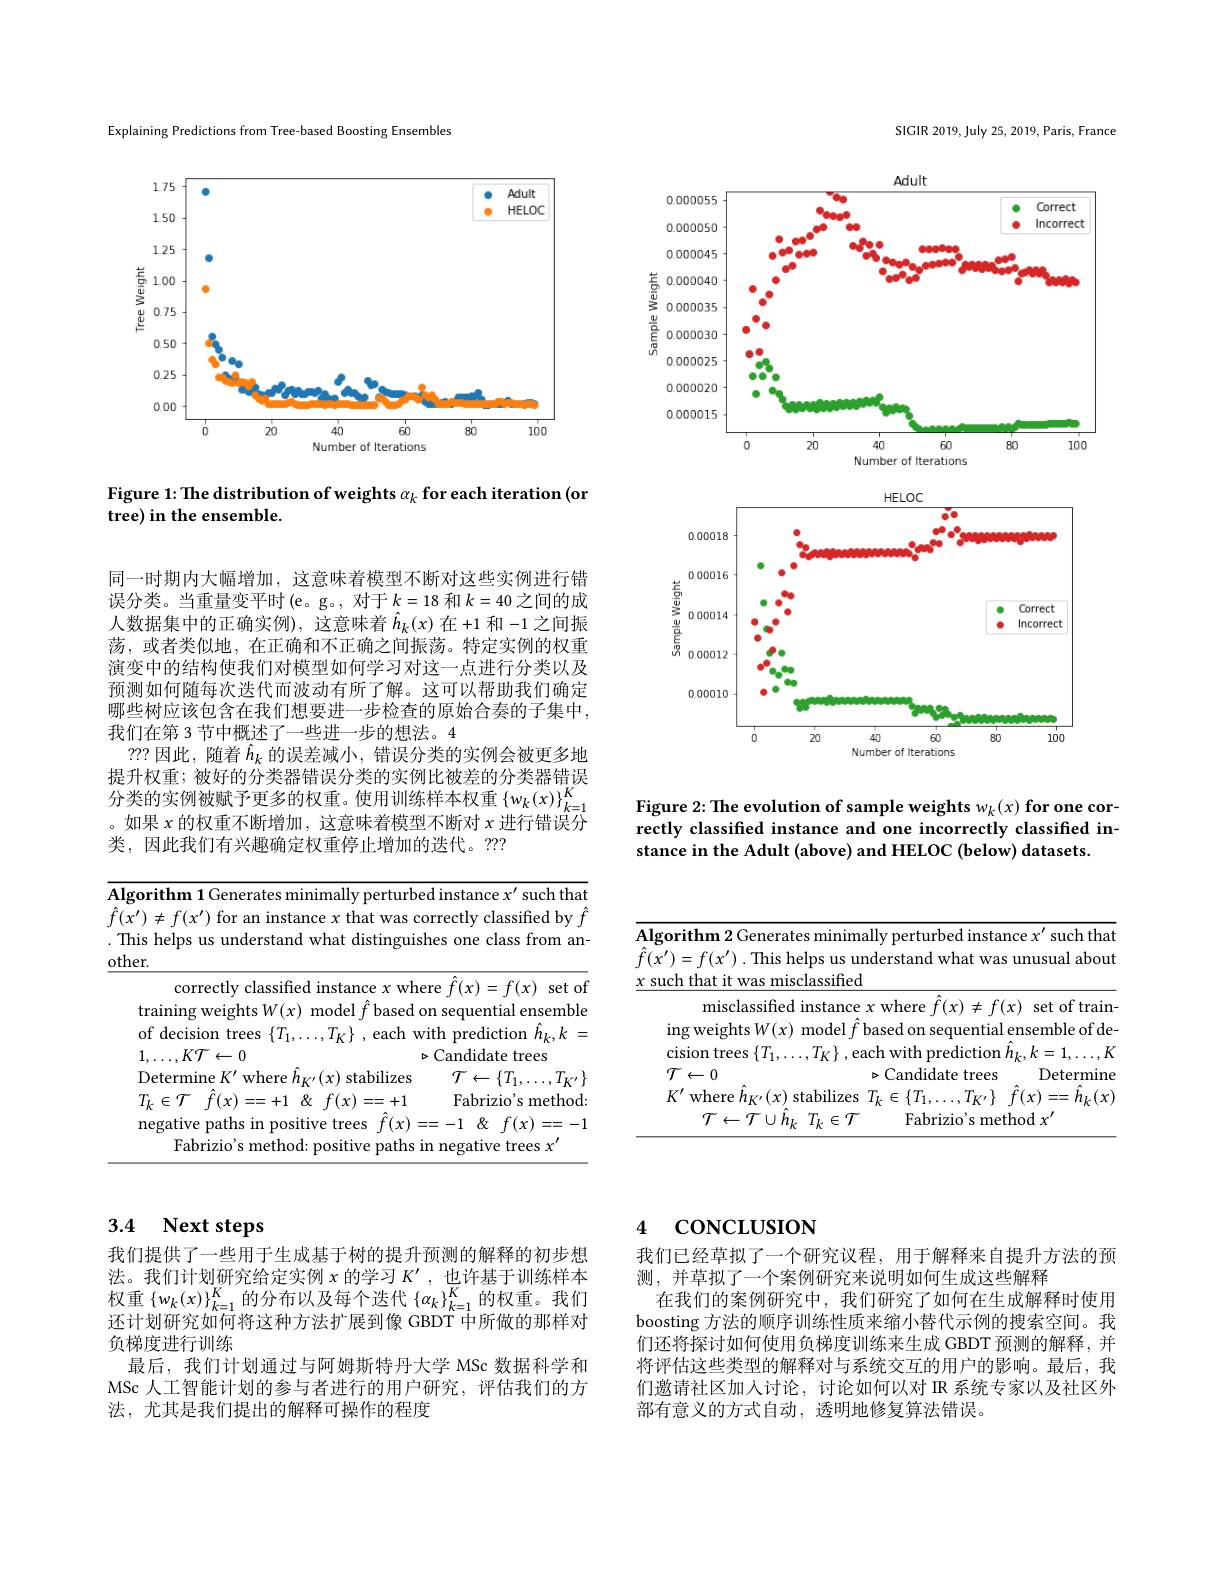
Explaining Predictions from Tree-based Boosting Ensembles

<FigureHere>

Figure 1: The distribution of weights $\alpha_k$ for each iteration (or
tree) in the ensemble.

同一时期内大幅增加，这意味着模型不断对这些实例进行错误分类。当重量变平时 (e。g。, 对于$k=18$和$k=40$之间的成人数据集中的正确实例),这意味着$\hat{h}_k(x)$在+1 和-1 之间振荡，或者类似地，在正确和不正确之间振荡。特定实例的权重演变中的结构使我们对模型如何学习对这一点进行分类以及预测如何随每次迭代而波动有所了解。这可以帮助我们确定哪些树应该包含在我们想要进一步检查的原始合奏的子集中， 我们在第 3 节中概述了一些进一步的想法。4
??? 因此，随着$\hat{h}_k$的误差减小，错误分类的实例会被更多地提升权重；被好的分类器错误分类的实例比被差的分类器错误论 川 仅 里 , 假 对 旧 历 天 甜 田 民 力 天 时 天 间 大 门 比 败 左 时 万 天 甜 旧 厌 分 类 的 实 例 被 赋 予 更 多 的 权 重 。使 用 训 练 样 本 权 重 $\left \{ w_{k}( x) \right \} _{k= 1}^{K}$ 如 果 , 故 权 垂 了 断 增 加 。许 率 吐 羊 措 刑 了 断 对 。中 红 世 冲 入。如果$x$的权重不断增加，这意味着模型不断对$x$进行错误分类，因此我们有兴趣确定权重停止增加的迭代。??

<table>
	<tbody>
		<tr>
			<td>Fabrizio's method: positive paths in</td>
			<td> </td>
			<td>nethod: positive paths in negative trees $x^\prime$</td>
		</tr>
	</tbody>
</table>

SIGIR 2019, July 25, 2019, Paris, France

<FigureHere>

Figure 2: The evolution of sample weights $w_k(x)$ for one correctly classified instance and one incorrectly classified instance in the Adult (above) and HELOC (below) datasets.

<table>
	<tbody>
		<tr>
			<td> $X$ $SU$ </td>
			<td>$\textbf{hm 2 Generates minimally perturbed instance }x^{\prime }$ such that $f(x^{\prime}).$ This helps us understand what was unusual about hat it was misclassified</td>
		</tr>
	</tbody>
</table>

## 3.4 Next steps

我们提供了一些用于生成基于树的提升预测的解释的初步想法。我们计划研究给定实例$x$的学习$K^{\prime}$,也许基于训练样本权重$\left\{w_k(x)\right\}_{k=1}^K$的分布以及每个迭代$\left\{\alpha_k\right\}_k=1^K$的权重。我们还计划研究如何将这种方法扩展到像 GBDT 中所做的那样对负梯度进行训练
最后，我们计划通过与阿姆斯特丹大学 MSc 数据科学和MSc 人工智能计划的参与者进行的用户研究，评估我们的方法，尤其是我们提出的解释可操作的程度

## 4 concLUSION

我们已经草拟了一个研究议程，用于解释来自提升方法的预
测，并草拟了一个案例研究来说明如何生成这些解释
在我们的案例研究中，我们研究了如何在生成解释时使用boosting 方法的顺序训练性质来缩小替代示例的搜索空间。我们还将探讨如何使用负梯度训练来生成 GBDT 预测的解释，并将评估这些类型的解释对与系统交互的用户的影响。最后，我们邀请社区加入讨论，讨论如何以对 IR 系统专家以及社区外部有意义的方式自动，透明地修复算法错误。